Indian journal of veterinary science and animal husbandry - Volumes 24-25, 1954-1955
Year: 1954
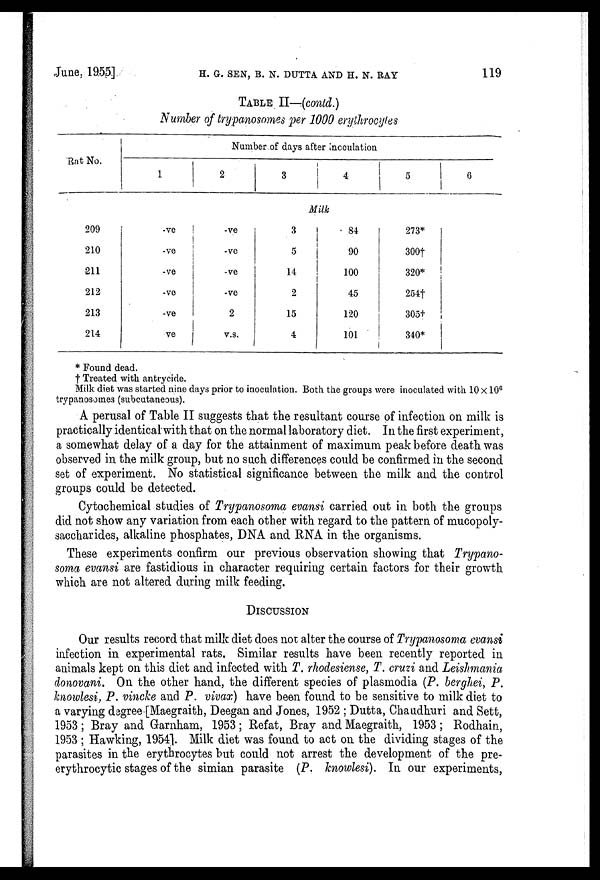
June. 19.55] H. G. SEN, B. N. DUTTA AND H. N. RAY 119
TABLE II—(contd.)
Number of trypanosomes per 1000 erythrocytes
Rat No.
209
210
211
212
213
214
Number of days after inoculation
1
-ve
-ve
-ve
-ve
-ve
ve
2
-ve
-ve
-ve
-ve
2
v.s.
3
4
Milk
3
5
14
2
15
4
84
90
100
45
120
101
5
273*
300†
320*
254†
305†
340*
6
* Found dead.
† Treated with antrycide.
Milk diet was started nine days prior to inoculation. Both the groups were inoculated with 10 × 10 6
trypanosomes (subcutaneous).
A perusal of Table II suggests that the resultant course of infection on milk is
practically identical with that on the normal laboratory diet. In the first experiment,
a somewhat delay of a day for the attainment of maximum peak before death was
observed in the milk group, but no such differences could be confirmed in the second
set of experiment. No statistical significance between the milk and the control
groups could be detected.
Cytochemical studies of Trypanosoma evansi carried out in both the groups
did not show any variation from each other with regard to the pattern of mucopoly-
saccharides, alkaline phosphates, DNA and RNA in the organisms.
These experiments confirm our previous observation showing that Trypano-
soma evansi are fastidious in character requiring certain factors for their growth
which are not altered during milk feeding.
DISCUSSION
Our results record that milk diet does not alter the course of Trypanosoma evansi
infection in experimental rats. Similar results have been recently reported in
animals kept on this diet and infected with T. rhodesiense, T. cruzi and Leishmania
donovani. On the other hand, the different species of plasmodia (P. berghei, P.
knowlesi, P. vincke and P. vivax) have been found to be sensitive to milk diet to
a varying degree [Maegraith, Deegan and Jones, 1952 ; Dutta, Chaudhuri and Sett,
1953 ; Bray and Garnham, 1953; Refat, Bray and Maegraith, 1953 ; Rodhain,
1953 ; Hawking, 1954]. Milk diet was found to act on the dividing stages of the
parasites in the erythrocytes but could not arrest the development of the pre-
erythrocytic stages of the simian parasite (P. knowlesi). In our experiments,